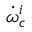
\dot { \omega } _ { c } ^ { i }